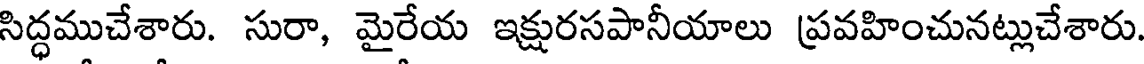
సిద్ధముచేశారు. సురా, మైరేయ ఇక్షురసపానీయాలు ప్రవహించునట్లుచేశారు.